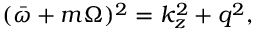
( \bar { \omega } + m \Omega ) ^ { 2 } = k _ { z } ^ { 2 } + q ^ { 2 } ,